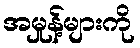
အမှုန့်များကို